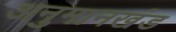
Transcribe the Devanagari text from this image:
अनुमानखंड